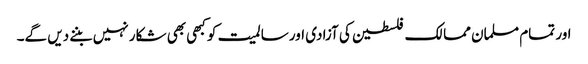
اور تمام مسلمان ممالک فلسطین کی آزادی اور سالمیت کو کبھی بھی شکار نہیں بننے دیں گے۔